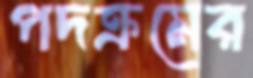
পদক্রমের